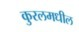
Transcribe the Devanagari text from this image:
कुरलमधील